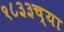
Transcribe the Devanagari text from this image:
१८३३च्या